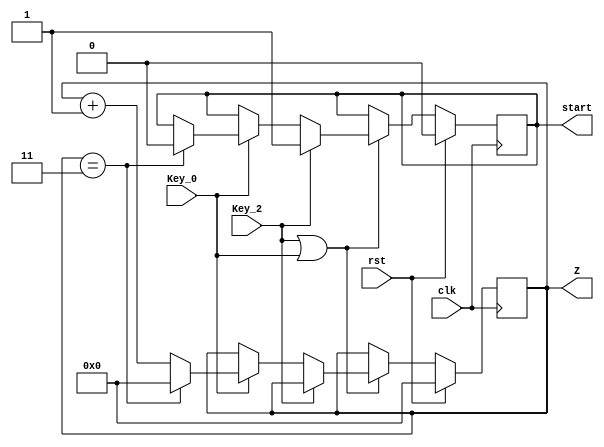
module Key(
     input clk ,
	  input rst ,
	  input Key_2 ,              //Button level signal
	  input Key_0 ,              //Button level signal
     output reg start = 1'd0 ,    //Record whether the Key_2 is pressed
  	  output reg [3:0] Z = 4'd0       //Record the number of times the Key_0 is pressed
) ;



// Count the number of keystrokes
   always@(posedge clk )
	  begin                                     
	    if(rst)                      //If rst is active it will reset
		    begin
			 start <= 1'd0;
			 Z <= 4'd0;
			 end
		 else if(Key_2 || Key_0)    //If Key _2 or Key_0 is pressed count will active
		 begin
		  if(Key_2)
		   start <= 1'd1;
		  else if(Key_0)  
		    begin
			   if(Z== 4'd3)  //It returns to 0 when the Key_0 is pressed the fourth time
			     begin
				  Z <= 4'd0;
				  start <= 1'd0;
				  end
			   else 
			     begin
				  Z <= Z + 1'd1;       //Press at least 4 times
				  end
			 end
		 end  
	  end
endmodule